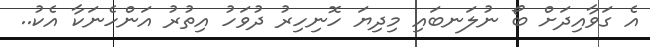
އެ ގަވާއިދަށް ބޯ ނުލަނބައި މިދިޔަ ހޮނިހިރު ދުވަހު އިތުރު އަންހެނަކާ އެކު..